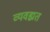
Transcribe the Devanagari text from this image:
व्यवह्मत